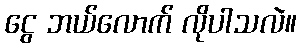
ငွေ ဘယ်လောက် လိုပါသလဲ။